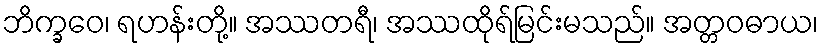
ဘိက္ခဝေ၊ ရဟန်းတို့။ အဿတရီ၊ အဿထိုရ်မြင်းမသည်။ အတ္တဝဓာယ၊